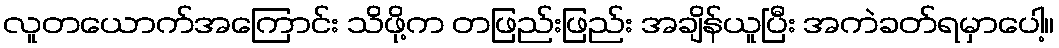
လူတယောက်အကြောင်း သိဖို့က တဖြည်းဖြည်း အချိန်ယူပြီး အကဲခတ်ရမှာပေါ့။